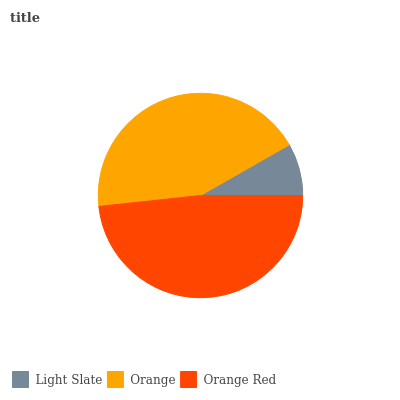
| Light Slate | Orange | Orange Red |
 | --- | --- | --- |
 | 8.27% | 43.5% | 48.3% |